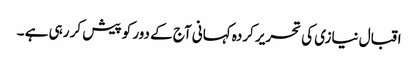
اقبال نیازی کی تحریر کردہ کہانی آج کے دور کو پیش کر رہی ہے ۔